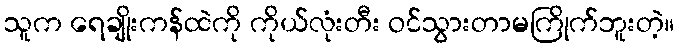
သူက ရေချိုးကန်ထဲကို ကိုယ်လုံးတီး ဝင်သွားတာမကြိုက်ဘူးတဲ့။